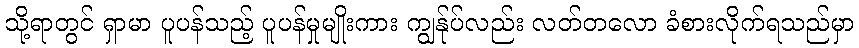
သို့ရာတွင် ရှာမာ ပူပန်သည့် ပူပန်မှုမျိုးကား ကျွန်ုပ်လည်း လတ်တလော ခံစားလိုက်ရသည်မှာ